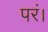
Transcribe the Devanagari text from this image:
परं।